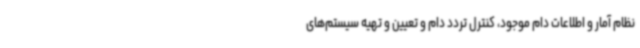
نظام آمار و اطلاعات دام موجود، کنترل تردد دام و تعیین و تهیه سیستم‌های